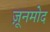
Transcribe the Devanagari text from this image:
ज़ूनमोद